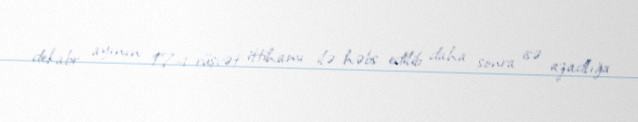
dekabr ayının 17-i rüşvət ittihamı ilə həbs edilib daha sonra isə azadlığa